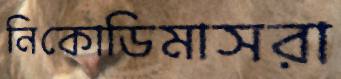
নিকোডিমাসরা